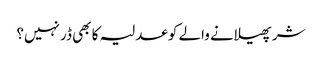
شر پھیلانے والے کو عدلیہ کا بھی ڈر نہیں؟